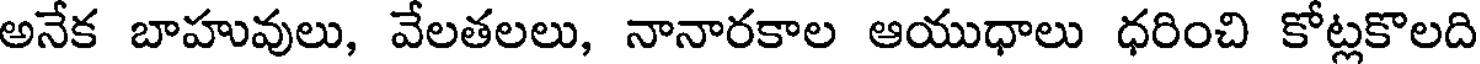
అనేక బాహువులు, వేలతలలు, నానారకాల ఆయుధాలు ధరించి కోట్లకొలది